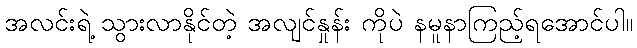
အလင်းရဲ့ သွားလာနိုင်တဲ့ အလျင်နှုန်း ကိုပဲ နမူနာကြည့်ရအောင်ပါ။